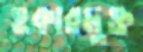
হকারমুক্ত